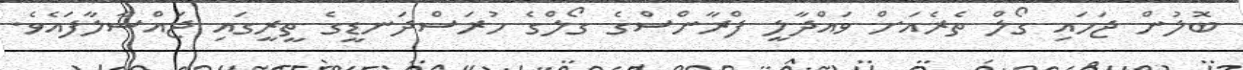
ބޮލުން ޖަހައި ގޯލް ތެރެއަށް ވައްދާލީ ފްރާންސްގެ ގޯލްގެ ހުރަސްދަނޑީގެ ތީރީގައި ޖައްސާލާފައެވެ.